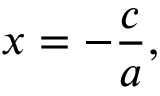
x = - { \frac { c } { a } } ,